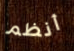
أنظم